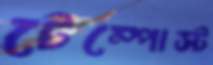
টেম্পোস্ট